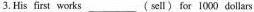
3.His first works ___ (sell) for 1000 dollars